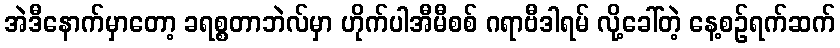
အဲဒီနောက်မှာတော့ ခရစ္စတာဘဲလ်မှာ ဟိုက်ပါအီမီစစ် ဂရာဗီဒါရမ် လို့ခေါ်တဲ့ နေ့စဉ်ရက်ဆက်